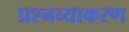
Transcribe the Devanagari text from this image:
प्रश्नव्याकरण